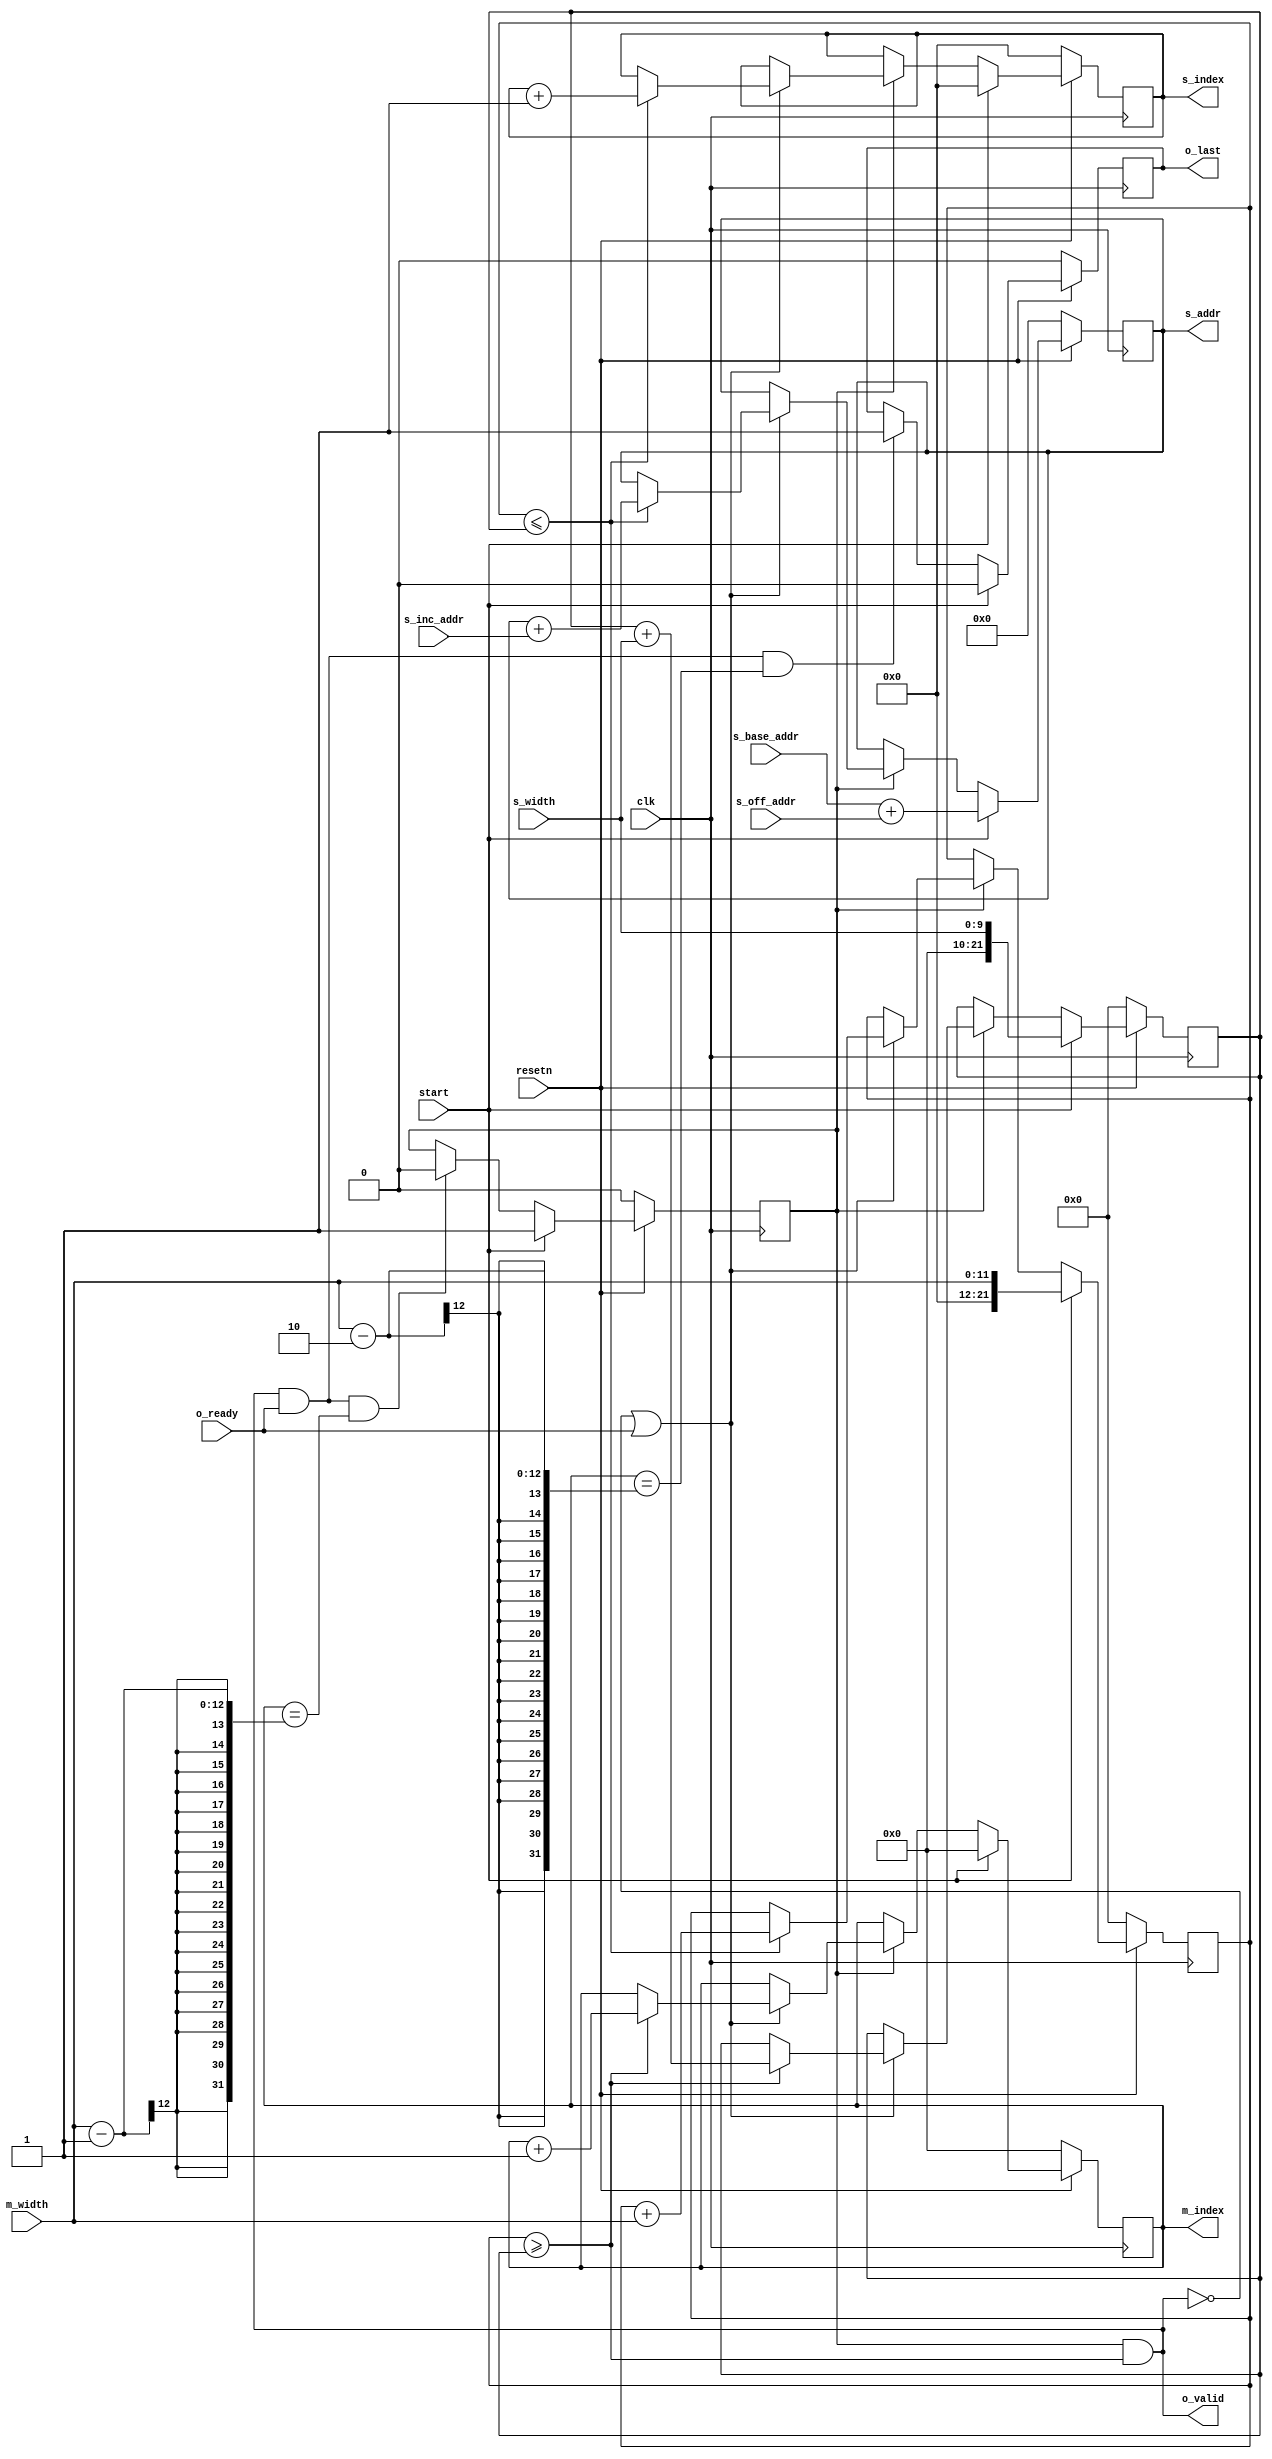
module scale_1d #
(
	parameter integer C_M_WIDTH = 12,
	parameter integer C_S_WIDTH = 10,

	parameter integer C_S_ADDR_WIDTH = 32
)
(
	input wire clk,
	input wire resetn,

	input wire [C_S_WIDTH-1:0] s_width,
	input wire [C_M_WIDTH-1:0] m_width,

	input wire start,

	output wire o_valid,
	output wire [C_S_WIDTH-1:0] s_index,
	output wire [C_M_WIDTH-1:0] m_index,
	output wire o_last,
	input wire  o_ready,

	input  wire [C_S_ADDR_WIDTH-1:0] s_base_addr,
	input  wire [C_S_ADDR_WIDTH-1:0] s_off_addr,
	input  wire [C_S_ADDR_WIDTH-1:0] s_inc_addr,
	output reg  [C_S_ADDR_WIDTH-1:0] s_addr
);

	localparam integer C_CNT_WIDTH = C_M_WIDTH + C_S_WIDTH;

	wire progress;
	assign progress = ~o_valid || o_ready;
	wire next;
	assign next = o_valid && o_ready;

	reg [C_CNT_WIDTH-1 : 0] s_cnt;
	reg [C_CNT_WIDTH-1 : 0] m_cnt;

	reg [C_S_WIDTH-1 : 0] s_idx;
	assign s_index = s_idx;
	reg [C_M_WIDTH-1 : 0] m_idx;
	assign m_index = m_idx;

	reg running;
	always @(posedge clk) begin
		if (resetn == 0) begin
			running <= 0;
		end
		else if (start) begin
			running <= 1;
		end
		else if (next && m_idx == m_width - 1) begin
			running <= 0;
		end
	end

	assign o_valid = (running && s_cnt >= m_cnt);
	always @(posedge clk) begin
		if (resetn == 0) begin
			s_cnt <= 0;
			s_idx <= 0;
			s_addr <= 0;

			m_cnt <= 0;
			m_idx <= 0;
		end
		else if (start) begin
			s_cnt <= m_width;
			s_idx <= 0;
			s_addr <= s_base_addr + s_off_addr;

			m_cnt <= s_width;
			m_idx <= 0;
		end
		else if (running) begin
			if (progress) begin
				if (s_cnt <= m_cnt) begin
					s_cnt <= s_cnt + m_width;
					s_idx <= s_idx + 1;
					s_addr <= s_addr + s_inc_addr;
				end
				if (s_cnt >= m_cnt) begin
					m_cnt <= m_cnt + s_width;
					m_idx <= m_idx + 1;
				end
			end
		end
	end

	reg last;
	assign o_last = last;
	always @(posedge clk) begin
		if (resetn == 0) begin
			last <= 0;
		end
		else if (start) begin
			last <= 0;
		end
		else if (next && m_idx == m_width - 2) begin
			last <= 1;
		end
	end

endmodule